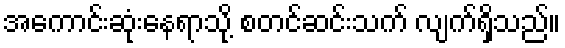
အကောင်းဆုံးနေရာသို့ စတင်ဆင်းသက် လျက်ရှိသည်။